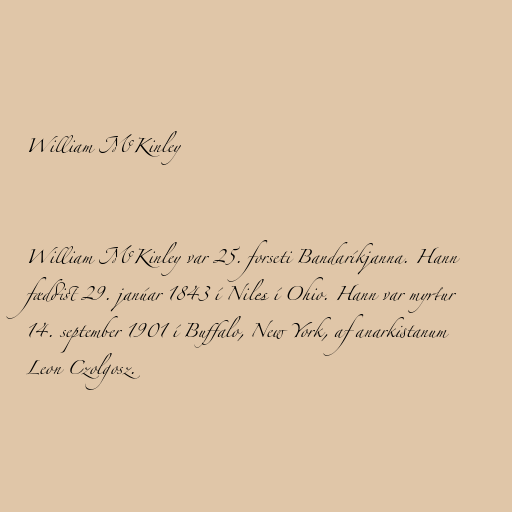
William McKinley

William McKinley var 25. forseti Bandaríkjanna. Hann
fæddist 29. janúar 1843 í Niles í Ohio. Hann var myrtur
14. september 1901 í Buffalo, New York, af anarkistanum
Leon Czolgosz.